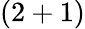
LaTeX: (2+1)